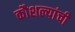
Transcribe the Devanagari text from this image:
कौशल्यांची